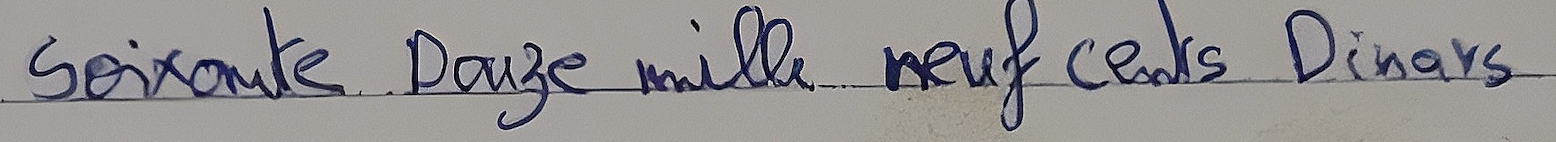
Soixante Douze mille neuf cents Dinars